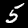
Digit: 5